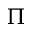
\Pi